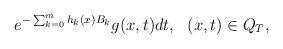
LaTeX: \begin{align*}e^{-\sum_{k=0}^mh_k(x)B_k}g(x,t)dt, ~~(x,t)\in Q_T,\end{align*}